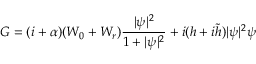
G = ( i + \alpha ) ( W _ { 0 } + W _ { r } ) \frac { | \psi | ^ { 2 } } { 1 + | \psi | ^ { 2 } } + i ( h + i \tilde { h } ) | \psi | ^ { 2 } \psi